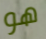
هو